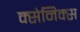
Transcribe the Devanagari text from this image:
क्सेनिक्स